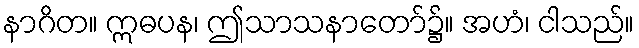
နာဂိတ။ ဣဓပန၊ ဤသာသနာတော်၌။ အဟံ၊ ငါသည်။